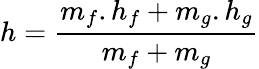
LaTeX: h={\frac{m_{f}.h_{f}+m_{g}.h_{g}}{m_{f}+m_{g}}}